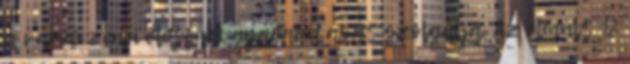
a város zenei életének gyarapítását szolgálja. Az elmúlt 12